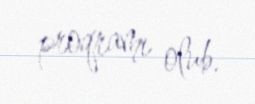
proqramı olub.